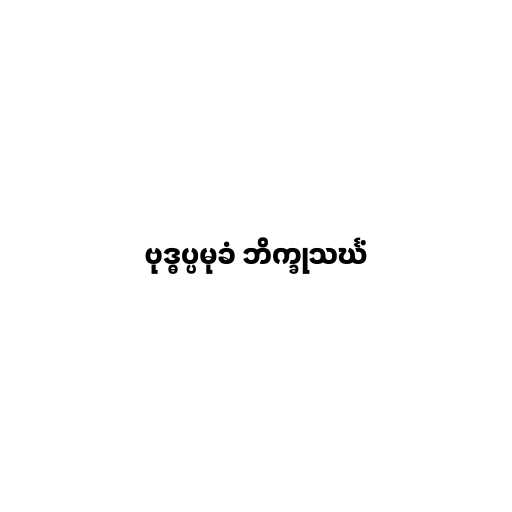
ဗုဒ္ဓပ္ပမုခံ ဘိက္ခုသင်္ဃံ